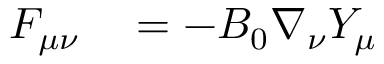
\begin{array} { r l } { F _ { \mu \nu } } & { { } = - B _ { 0 } \nabla _ { \nu } Y _ { \mu } } \end{array}